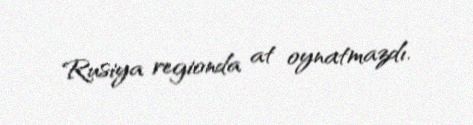
Rusiya regionda at oynatmazdı.